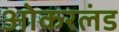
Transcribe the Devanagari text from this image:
ओकरलंड